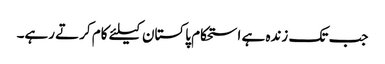
جب تک زندہ ہے استحکام پاکستان کیلئے کام کرتے رہے۔